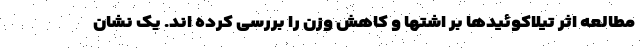
مطالعه اثر تیلاکوئیدها بر اشتها و کاهش وزن را بررسی کرده اند. یک نشان